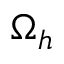
\Omega _ { h }